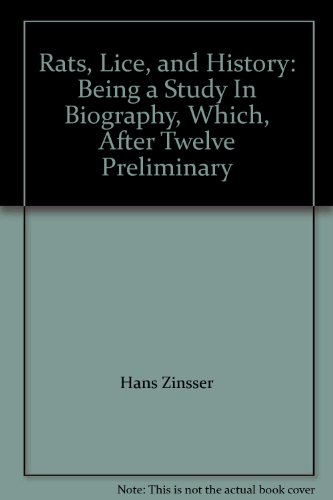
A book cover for Rats, Lice, and History: Being a Study In Biography, Which, After Twelve Preliminary; Hans Zinsser; Health, Fitness & Dieting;